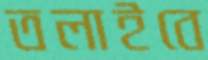
তলাইবে